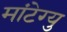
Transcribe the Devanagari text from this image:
मांटेग्यु